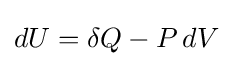
dU=\delta Q-P\,dV